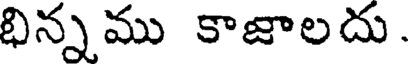
భిన్నము కాజాలదు .